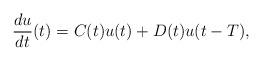
LaTeX: \begin{align*}\frac{d u}{d t}(t) = C(t) u(t) + D(t) u(t-T),\end{align*}